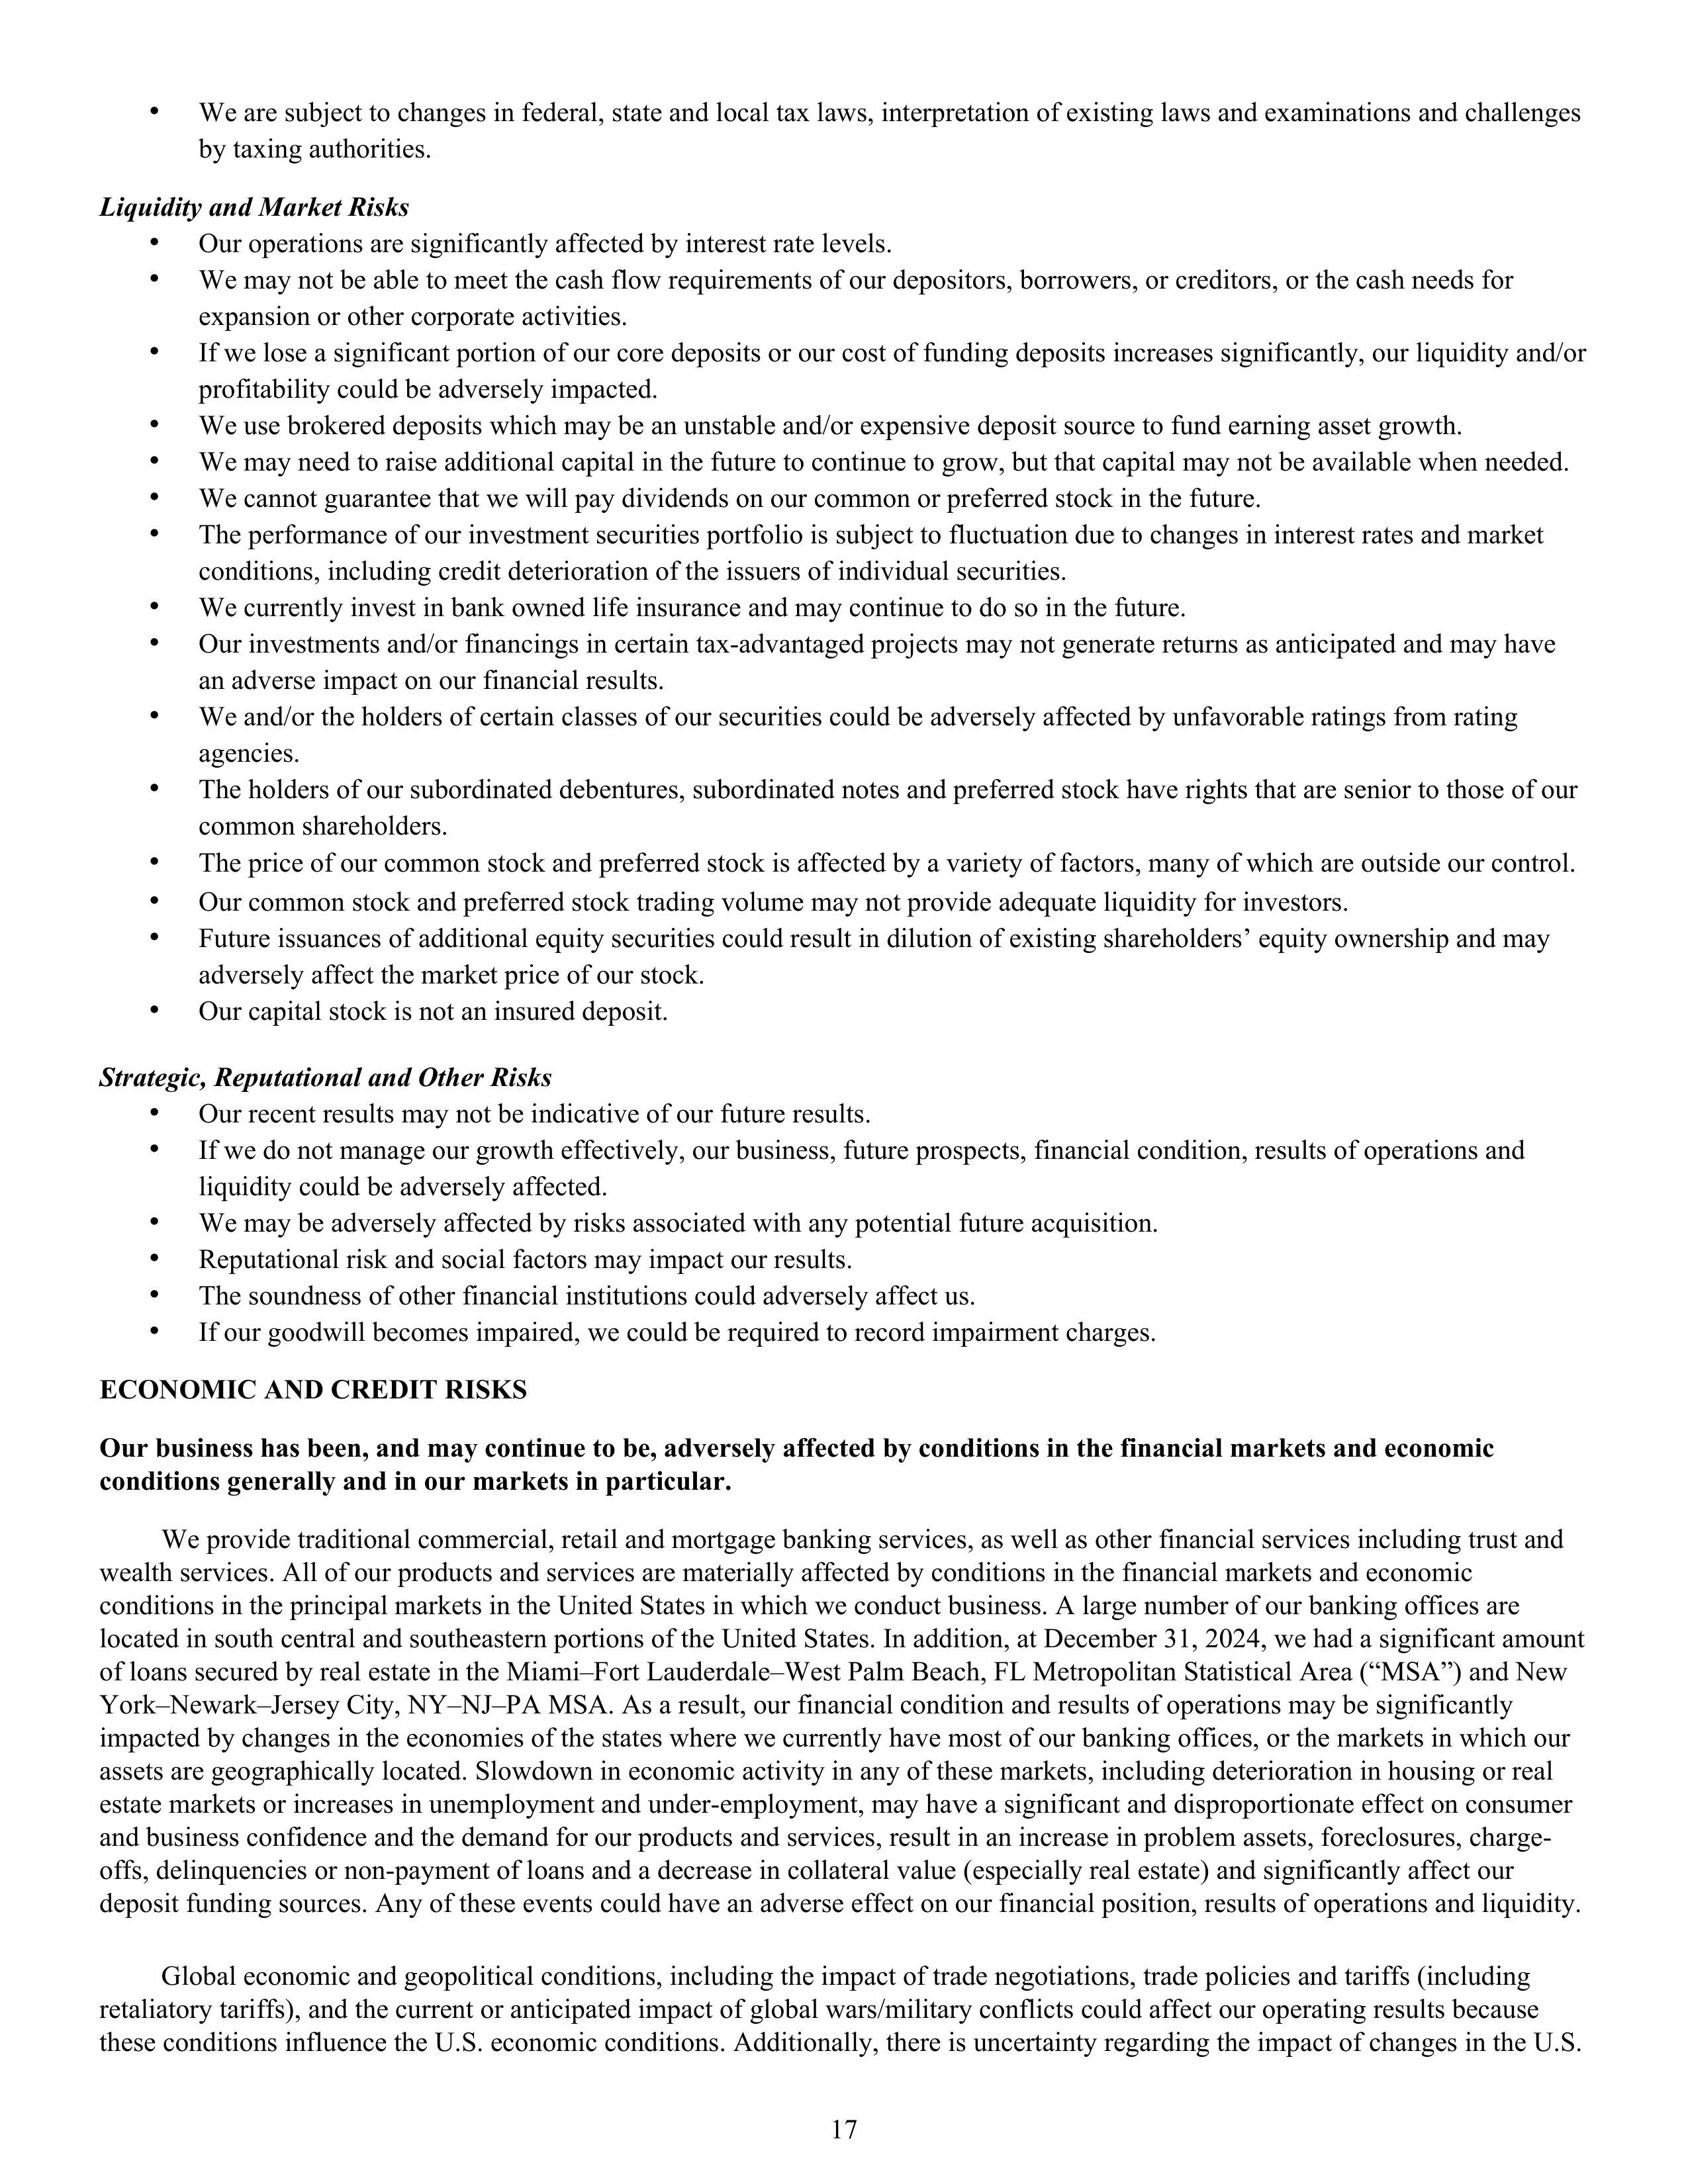
• We are subject to changes in federal, state and local tax laws, interpretation of existing laws and examinations and challenges
  by taxing authorities.

Liquidity and Market Risks
• Our operations are significantly affected by interest rate levels.
• We may not be able to meet the cash flow requirements of our depositors, borrowers, or creditors, or the cash needs for
  expansion or other corporate activities.
• If we lose a significant portion of our core deposits or our cost of funding deposits increases significantly, our liquidity and/or
  profitability could be adversely impacted.
• We use brokered deposits which may be an unstable and/or expensive deposit source to fund earning asset growth.
• We may need to raise additional capital in the future to continue to grow, but that capital may not be available when needed.
• We cannot guarantee that we will pay dividends on our common or preferred stock in the future.
• The performance of our investment securities portfolio is subject to fluctuation due to changes in interest rates and market
  conditions, including credit deterioration of the issuers of individual securities.
• We currently invest in bank owned life insurance and may continue to do so in the future.
• Our investments and/or financings in certain tax-advantaged projects may not generate returns as anticipated and may have
  an adverse impact on our financial results.
• We and/or the holders of certain classes of our securities could be adversely affected by unfavorable ratings from rating
  agencies.
• The holders of our subordinated debentures, subordinated notes and preferred stock have rights that are senior to those of our
  common shareholders.
• The price of our common stock and preferred stock is affected by a variety of factors, many of which are outside our control.
• Our common stock and preferred stock trading volume may not provide adequate liquidity for investors.
• Future issuances of additional equity securities could result in dilution of existing shareholders’ equity ownership and may
  adversely affect the market price of our stock.
• Our capital stock is not an insured deposit.

Strategic, Reputational and Other Risks
• Our recent results may not be indicative of our future results.
• If we do not manage our growth effectively, our business, future prospects, financial condition, results of operations and
  liquidity could be adversely affected.
• We may be adversely affected by risks associated with any potential future acquisition.
• Reputational risk and social factors may impact our results.
• The soundness of other financial institutions could adversely affect us.
• If our goodwill becomes impaired, we could be required to record impairment charges.

ECONOMIC AND CREDIT RISKS

Our business has been, and may continue to be, adversely affected by conditions in the financial markets and economic
conditions generally and in our markets in particular.

We provide traditional commercial, retail and mortgage banking services, as well as other financial services including trust and
wealth services. All of our products and services are materially affected by conditions in the financial markets and economic
conditions in the principal markets in the United States in which we conduct business. A large number of our banking offices are
located in south central and southeastern portions of the United States. In addition, at December 31, 2024, we had a significant amount
of loans secured by real estate in the Miami–Fort Lauderdale–West Palm Beach, FL Metropolitan Statistical Area (“MSA”) and New
York–Newark–Jersey City, NY–NJ–PA MSA. As a result, our financial condition and results of operations may be significantly
impacted by changes in the economics of the states where we currently have most of our banking offices, or the markets in which our
assets are geographically located. Slowdown in economic activity in any of these markets, including deterioration in housing or real
estate markets or increases in unemployment and under-employment, may have a significant and disproportionate effect on consumer
and business confidence and the demand for our products and services, result in an increase in problem assets, foreclosures, charge-
offs, delinquencies or non-payment of loans and a decrease in collateral value (especially real estate) and significantly affect our
deposit funding sources. Any of these events could have an adverse effect on our financial position, results of operations and liquidity.

Global economic and geopolitical conditions, including the impact of trade negotiations, trade policies and tariffs (including
retaliatory tariffs), and the current or anticipated impact of global wars/military conflicts could affect our operating results because
these conditions influence the U.S. economic conditions. Additionally, there is uncertainty regarding the impact of changes in the U.S.

17